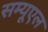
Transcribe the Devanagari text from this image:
सम्यूएल